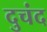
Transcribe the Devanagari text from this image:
दुचंद